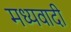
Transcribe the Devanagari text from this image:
मध्यवादी